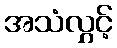
အသံလွှင့်